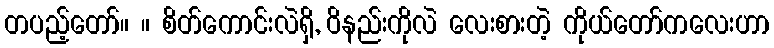
တပည့်တော်။ ။ စိတ်ကောင်းလဲရှိ, ဝိနည်းကိုလဲ လေးစားတဲ့ ကိုယ်တော်ကလေးဟာ